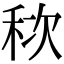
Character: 䅆